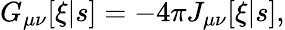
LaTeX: G_{\mu\nu}[\xi|s]=-4\pi J_{\mu\nu}[\xi|s],